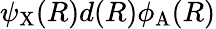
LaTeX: \psi_{\mathrm{X}}(R)d(R)\phi_{\mathrm{A}}(R)